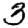
Digit: 3